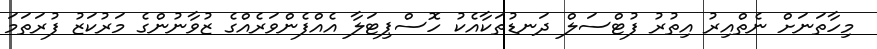
މިހާތަނަށް ނެތްއިރު އިތުރު ފުޓްސަލް ދަނޑުތަކާއެކު ހޮސްޕިޓަލާ އެއްފެންވަރެއްގެ ޒުވާނުންގެ މަރުކަޒު ފުރަތަމަ